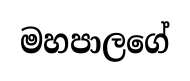
මහපාලගේ